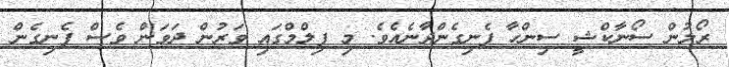
ރޯލުން ސޯނާކްޝީ ސިންހާ ފެނިގެންދާނެއެވެ. މި ފިލްމްގައި ވަރުން ދަވަން ވެސް ފެނިގެން